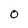
Character: 0